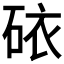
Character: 𥑴